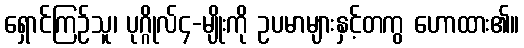
ရှောင်ကြဉ်သူ၊ ပုဂ္ဂိုလ်၄-မျိုးကို ဥပမာများနှင့်တကွ ဟောထား၏။